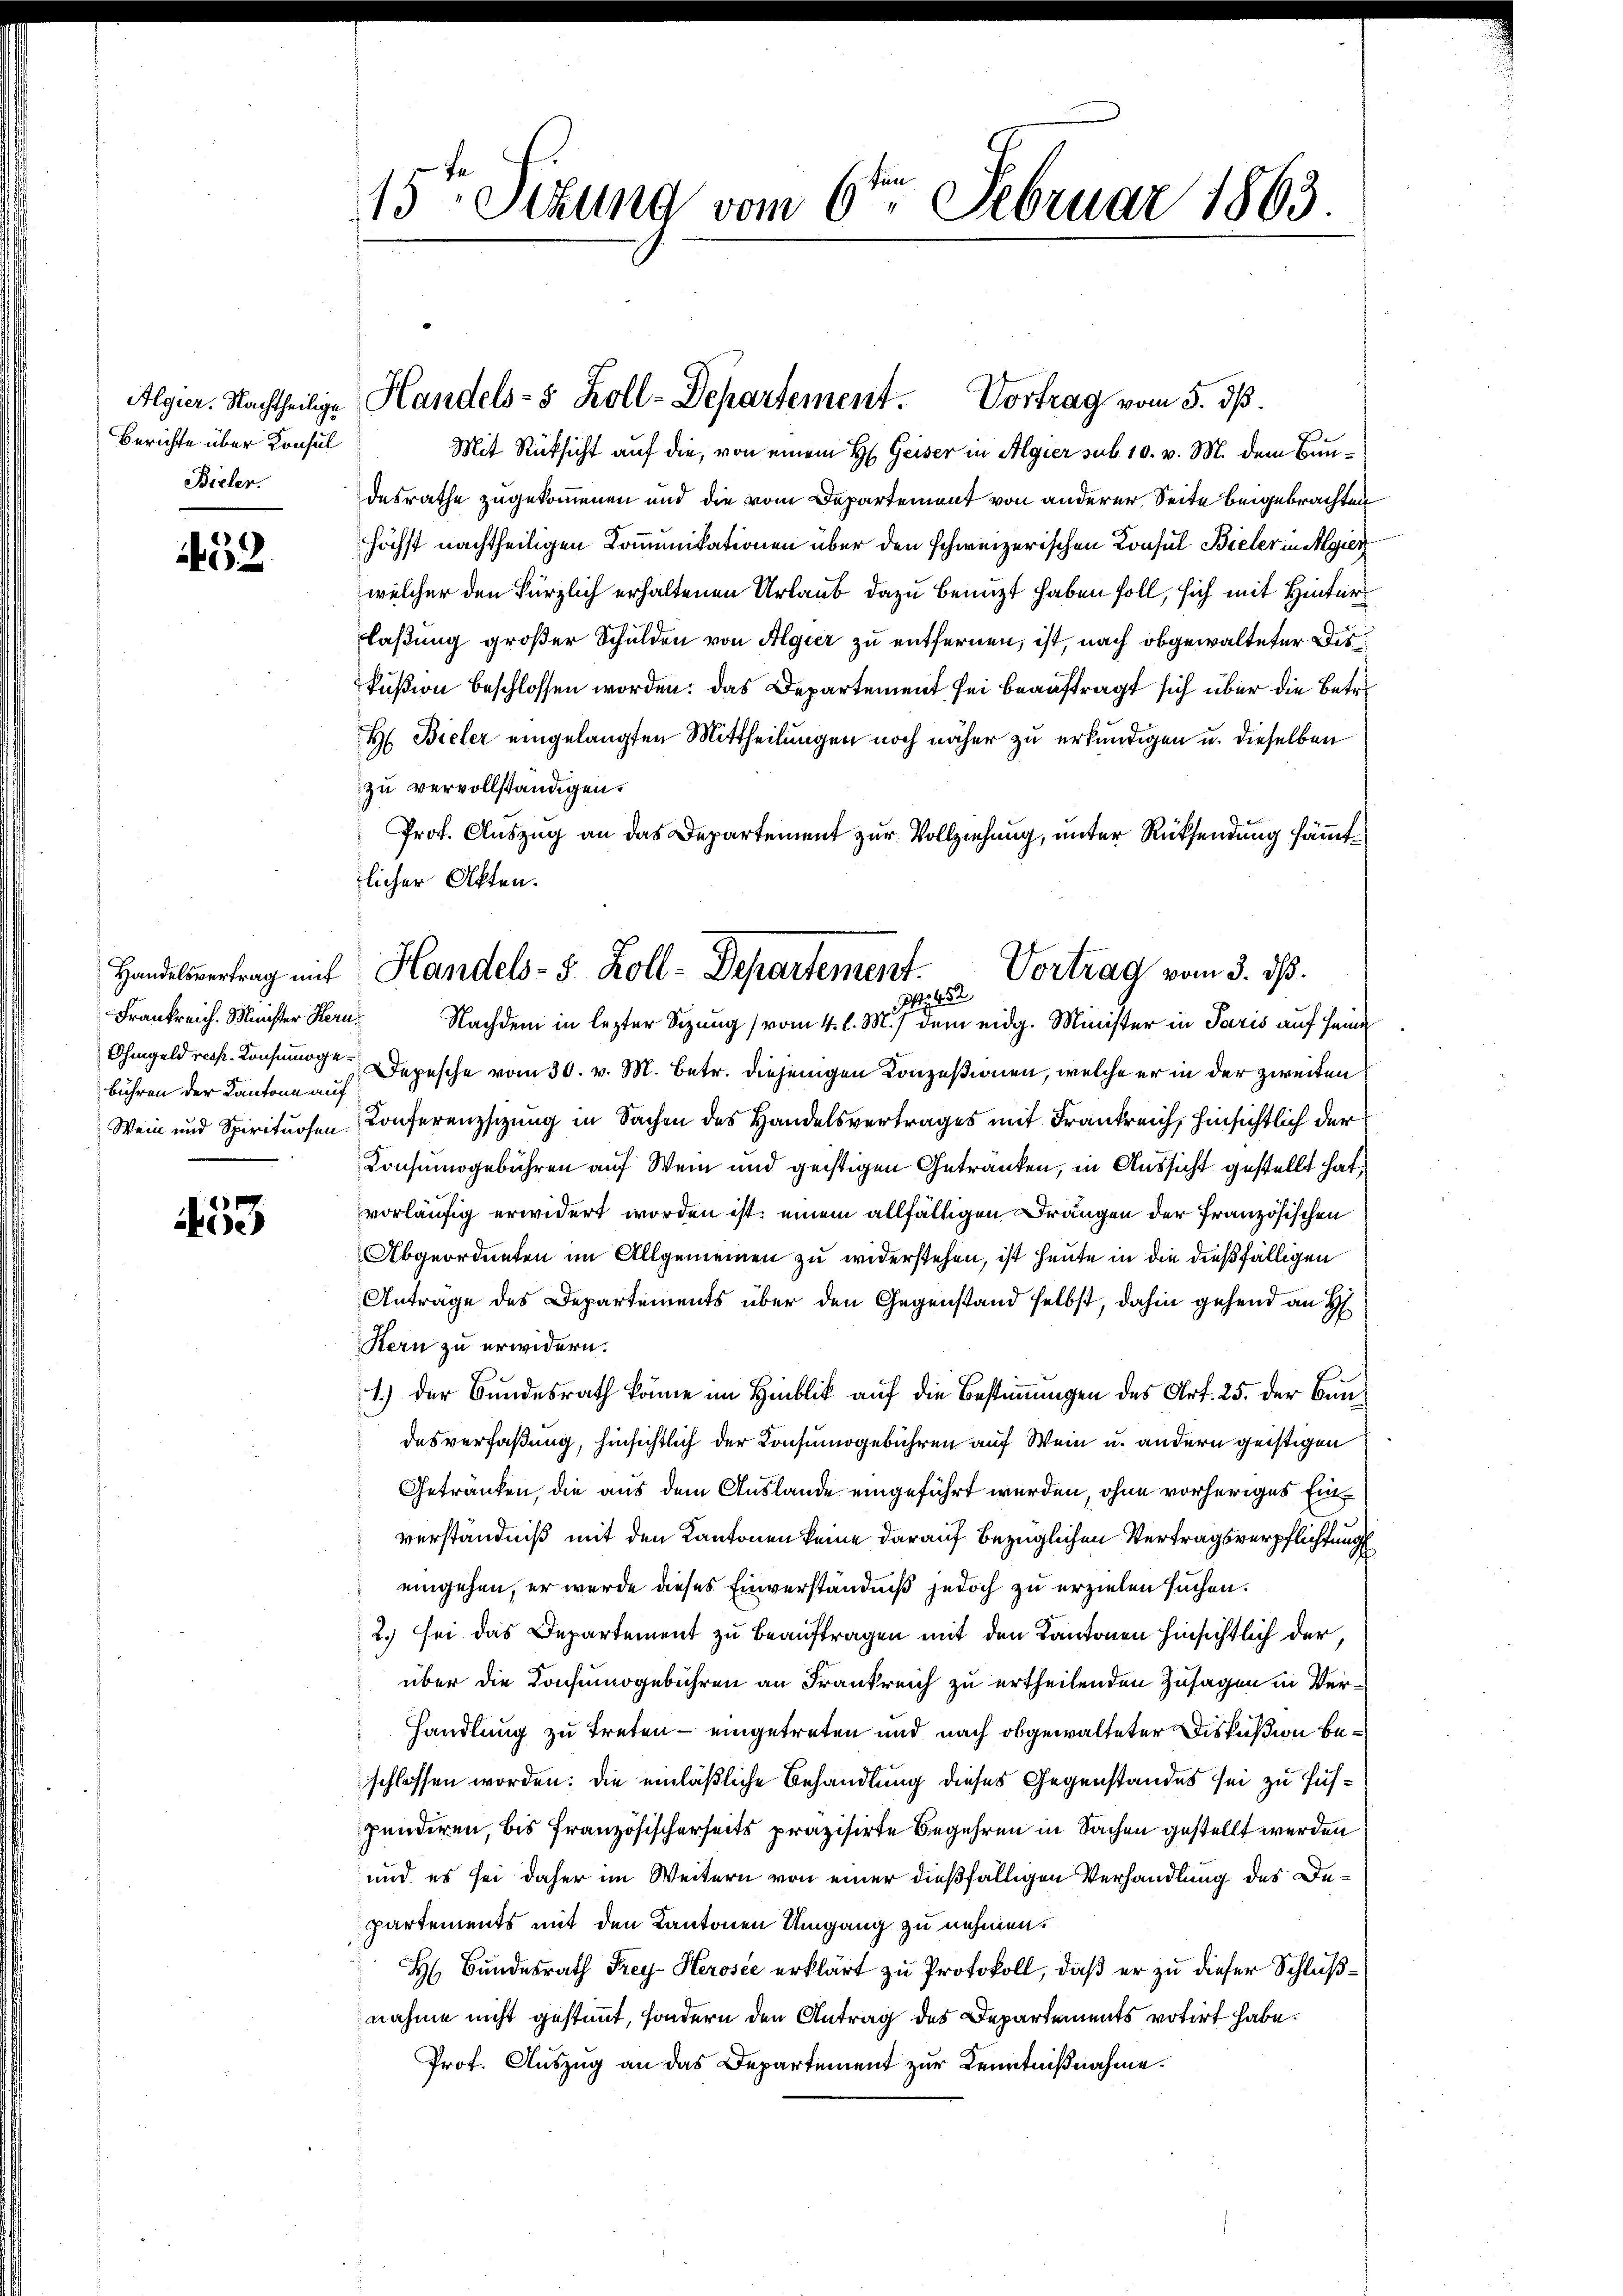
Berichte über Konsul
Bieler.

452

Frankreich. Minister Hern.
Ohmgeld resp. Konsumogebühren der Kantone auf
Wein und Spirituosen.

3

15ten Sizung vom 6ten Februar 1863.

Algier. Nachtheilige Handels- & Zoll-Departement. Vortrag vom 3. dβ.

Mit Rücksicht auf die, von einem H. Geiser in Algier sub 10. v. M. dem Bundesrathe zugekommenen und die vom Departement von anderer Seite beigebrachten
höchst nachtheiligen Kommunikationen über den schweizerischen Konsul Bieler in Algier
welcher den kürzlich erhaltenen Urlaub dazu benuzt haben soll, sich mit Hinter
laßung großer Schulden von Algier zu entfernen, ist, nach obgewalteter Dirkußion beschlossen worden: das Departement sei beauftragt sich über die Betre
H Bieler eingelangten Mittheilungen noch näher zu erkundigen u. dieselben
zu vervollständigen.
Prof. Auszug an das Departement zur Vollziehung, unter Rücksendung sämmtlicher Akten.
Nachdem in lezter Sitzung (vom 4. l. M.) dem eidg. Minister in Paris auf seine
Depesche vom 30. v. M. Betr. diejenigen Conzesionen, welche er in der zweiten
Conferenzsizung in Sachen des Handelsvertrages mit Frankreich, hinsichtlich der
Konsumogebühren auf Wein und geistigen Getranken, in Aussicht gestellt hat,
vorläufig erwidert worden ist, einem allfälligen Drängen der Französischen
Abgeordneten im Allgemeinen zu widerstehen, ist heute in die dießfälligen
Antrage des Departements über den Gegenstand selbst, dahin gehend an H
Stern zu erwidern.
1.) Der Bundesrath könne im Hinblick auf die Bestimmungen des Art. 25. der Bundesverfaßung, hinsichtlich der Konsumogebühren auf Wein u. andern geistigen
Getranken, die aus dem Auslande eingeführt werden, ohne vorheriges Einverständniß mit den Kantonen keine darauf bezüglichen Vertragsverpflichtung
eingehen, er wurde dieses Einverständniß jedoch zu erzielen suchen.
2.) sei das Departement zu beauftragen mit den Kantonen hinsichtlich der,
über die Konsumogebühren an Frankreich zu ertheilenden Zusagen in Ver¬
Handlung zu treten – eingetreten und nach obgewalteter Diskußion beschlossen worden: die einläßliche Behandlung dieses Gegenstandes sei zu Hufpunderen, bis französischerseits präzisirte Begehren in Sachen gestellt werden
und es sei daher im Weitern von einer dießfälligen Verhandlung des Departements mit den Kantonen Umgang zu nehmen.
H. Bundesrath Frey-Herose erklärt zu Protokoll, daß er zu dieser Schlußnahme nicht gestimmt, sondern den Antrag des Departements votirt habe.
Prof. Auszug an das Departement zur Kenntnißnahme.

Handelsvertrag mit Handels- 5. Koll-Departement. Vortrag vom 3. ds.
Nr. 182